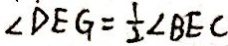
\angle D E G = \frac { 1 } { 2 } \angle B E C